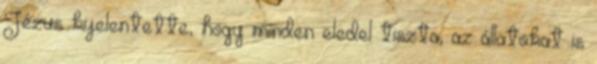
Jézus kijelentette, hogy minden eledel tiszta, az állatokat is